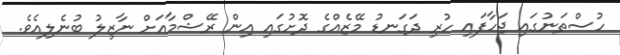
ހުސްތަނުގައި ޖަހާފައި ހުރި ދަގަނޑު މޭޒެއްގެ ދޮށުގައި އިން ރޭޝްމާއަށް ނާޒިލު ބުނެލިއެވެ.